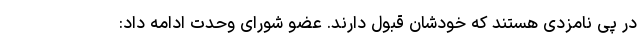
در پی نامزدی هستند که خودشان قبول دارند. عضو شورای وحدت ادامه داد: